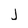
Character: j